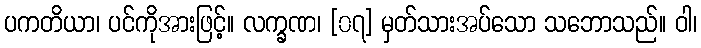
ပကတိယာ၊ ပင်ကိုအားဖြင့်။ လက္ခဏ၊ [၀၇] မှတ်သားအပ်သော သဘောသည်။ ဝါ၊